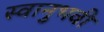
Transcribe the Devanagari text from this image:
स्वानुभवी